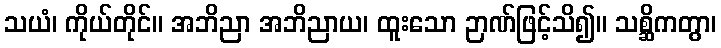
သယံ၊ ကိုယ်တိုင်။ အဘိညာ အဘိညာယ၊ ထူးသော ဉာဏ်ဖြင့်သိ၍။ သစ္ဆိကတွာ၊